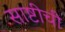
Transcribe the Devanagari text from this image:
साष्टीची